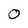
Character: 0